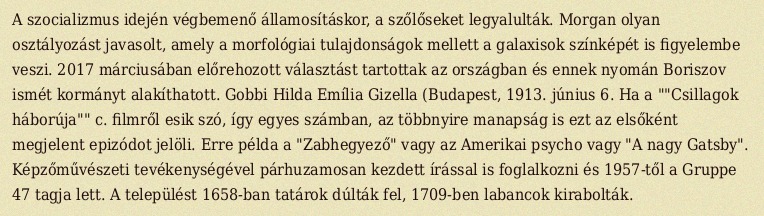
A szocializmus idején végbemenő államosításkor, a szőlőseket legyalulták. Morgan olyan osztályozást javasolt, amely a morfológiai tulajdonságok mellett a galaxisok színképét is figyelembe veszi. 2017 márciusában előrehozott választást tartottak az országban és ennek nyomán Boriszov ismét kormányt alakíthatott. Gobbi Hilda Emília Gizella (Budapest, 1913. június 6. Ha a ""Csillagok háborúja"" c. filmről esik szó, így egyes számban, az többnyire manapság is ezt az elsőként megjelent epizódot jelöli. Erre példa a "Zabhegyező" vagy az Amerikai psycho vagy "A nagy Gatsby". Képzőművészeti tevékenységével párhuzamosan kezdett írással is foglalkozni és 1957-től a Gruppe 47 tagja lett. A települést 1658-ban tatárok dúlták fel, 1709-ben labancok kirabolták.